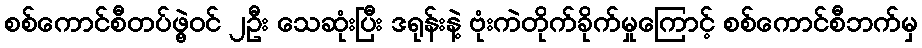
စစ်ကောင်စီတပ်ဖွဲ့ဝင် ၂ဦး သေဆုံးပြီး ဒရုန်းနဲ့ ဗုံးကဲတိုက်ခိုက်မှုကြောင့် စစ်ကောင်စီဘက်မှ